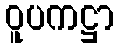
ဝူပကဋ္ဌာ